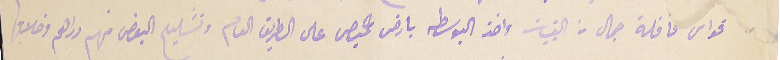
قواس قافلة جمال من القبيات واخذ البوسطه بارض حميص على الطريق العام وتشليح البعض منهم دراهم وخلافها